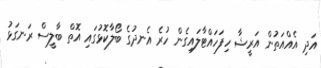
އަދި އެއްއަތުން އަރީޝާ ހިފަހައްޓާލައިގެން ހުރެ އެނދުގެ ބޯލާކޮޅުގައި އޮތް ބާލީސް ރަނގަޅު